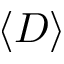
\left\langle D \right\rangle